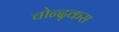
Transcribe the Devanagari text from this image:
चोन्द्कस